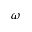
\omega